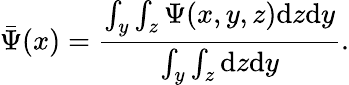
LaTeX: \bar{\Psi}(x)=\frac{\int_{y}\int_{z}\Psi(x,y,z)\mathrm{d}z\mathrm{d}y}{\int_{y}\int_{z}\mathrm{d}z\mathrm{d}y}.